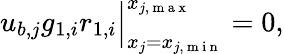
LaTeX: \begin{array}{r}{u_{b,j}g_{1,i}r_{1,i}\Big|_{x_{j}=x_{j,\mathrm{~m~i~n~}}}^{x_{j,\mathrm{~m~a~x~}}}=0,}\end{array}